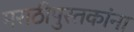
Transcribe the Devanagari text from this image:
मराठीपुस्तकांना